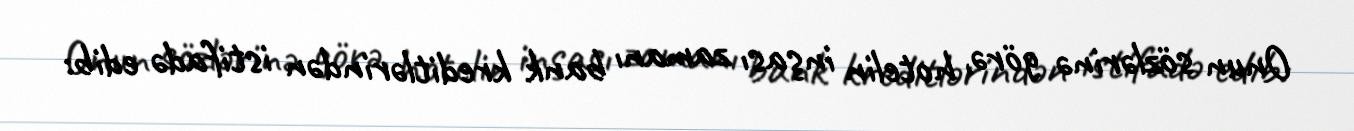
Onun sözlərinə görə, hotelin inşası zamanı bank kreditlərindən istifadə edib: